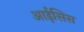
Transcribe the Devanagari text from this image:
आईसिस